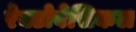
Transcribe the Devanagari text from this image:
रेक्टोवेसिकल